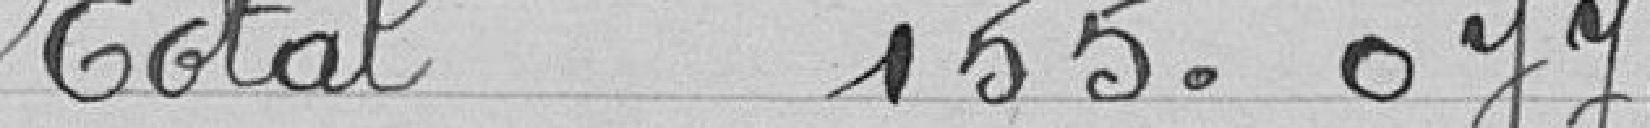
Total 155.077 francs (1920)